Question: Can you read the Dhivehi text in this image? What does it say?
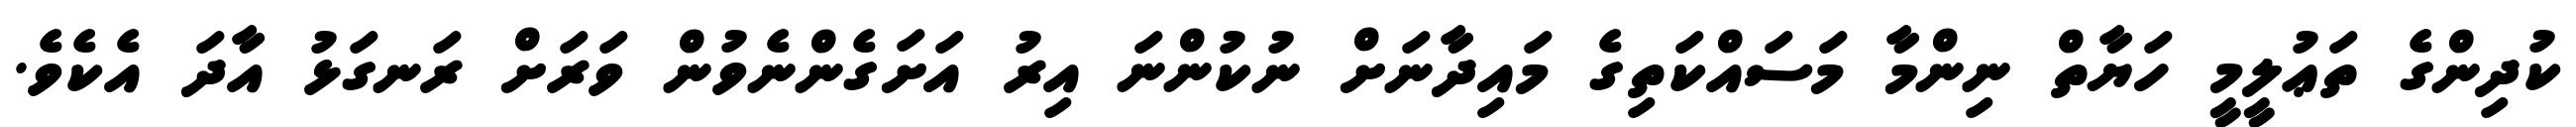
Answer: ކުދިންގެ ތަޢުލީމީ ހަޔާތް ނިންމާ މަސައްކަތިގެ މައިދާނަށް ނުކުންނަ އިރު އަށަގެންނެވުން ވަރަށް ރަނގަޅު އާދަ އެކެވެ.